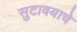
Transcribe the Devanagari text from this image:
सुटावयाचे